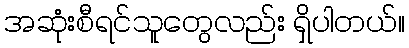
အဆုံးစီရင်သူတွေလည်း ရှိပါတယ်။